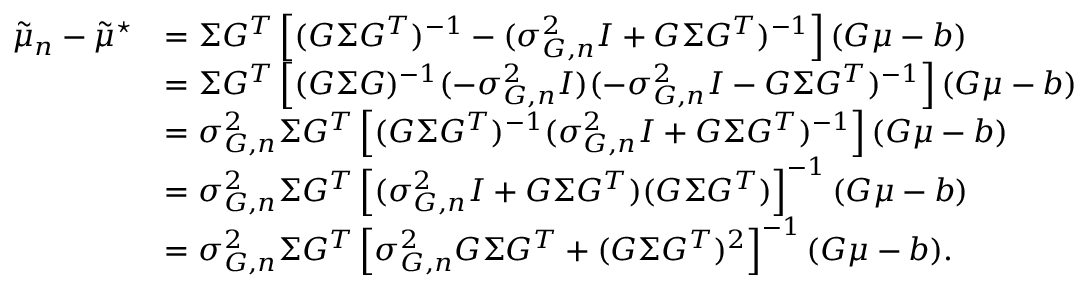
\begin{array} { r l } { \tilde { \mu } _ { n } - \tilde { \mu } ^ { \star } } & { = \Sigma G ^ { T } \left[ ( G \Sigma G ^ { T } ) ^ { - 1 } - ( \sigma _ { G , n } ^ { 2 } I + G \Sigma G ^ { T } ) ^ { - 1 } \right] ( G \mu - b ) } \\ & { = \Sigma G ^ { T } \left[ ( G \Sigma G ) ^ { - 1 } ( - \sigma _ { G , n } ^ { 2 } I ) ( - \sigma _ { G , n } ^ { 2 } I - G \Sigma G ^ { T } ) ^ { - 1 } \right] ( G \mu - b ) } \\ & { = \sigma _ { G , n } ^ { 2 } \Sigma G ^ { T } \left[ ( G \Sigma G ^ { T } ) ^ { - 1 } ( \sigma _ { G , n } ^ { 2 } I + G \Sigma G ^ { T } ) ^ { - 1 } \right] ( G \mu - b ) } \\ & { = \sigma _ { G , n } ^ { 2 } \Sigma G ^ { T } \left[ ( \sigma _ { G , n } ^ { 2 } I + G \Sigma G ^ { T } ) ( G \Sigma G ^ { T } ) \right] ^ { - 1 } ( G \mu - b ) } \\ & { = \sigma _ { G , n } ^ { 2 } \Sigma G ^ { T } \left[ \sigma _ { G , n } ^ { 2 } G \Sigma G ^ { T } + ( G \Sigma G ^ { T } ) ^ { 2 } \right] ^ { - 1 } ( G \mu - b ) . } \end{array}